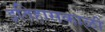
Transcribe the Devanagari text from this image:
इतिहासकाळी